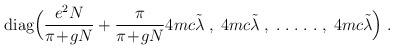
LaTeX: \begin{align*}\mbox{diag} \Big( \frac{e^2 N}{\pi\!+\!gN}+ \frac{\pi}{\pi\!+\!gN} 4 mc \tilde{\lambda} \; , \; 4 mc \tilde{\lambda} \;, \; . \; . \; . \; .\; . \; , \;4 mc \tilde{\lambda} \Big) \; .\end{align*}